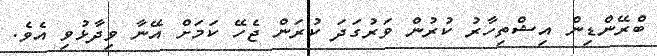
ބްރޭންޑިން އިޝްތިހާރު ކުރުން ވަރުގަދަ ކުރަން ޖެހޭ ކަމަށް އޭނާ ވިދާޅުވި އެވެ.